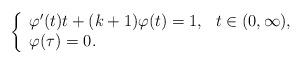
LaTeX: \begin{align*}\left\{\begin{array}[c]{ll}\varphi^{\prime}(t)t+(k+1)\varphi(t)=1, & t\in(0,\infty),\\\varphi(\tau)=0. &\end{array}\right.\end{align*}